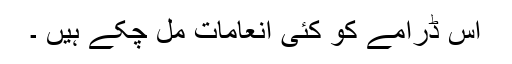
اس ڈرامے کو کئی انعامات مل چکے ہیں ۔